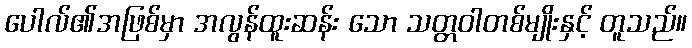
ပေါလ်၏အဖြစ်မှာ အလွန်ထူးဆန်း သော သတ္တဝါတစ်မျိုးနှင့် တူသည်။